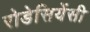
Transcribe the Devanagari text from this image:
रोडेसियेंसी